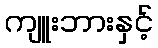
ကျူးဘားနှင့်